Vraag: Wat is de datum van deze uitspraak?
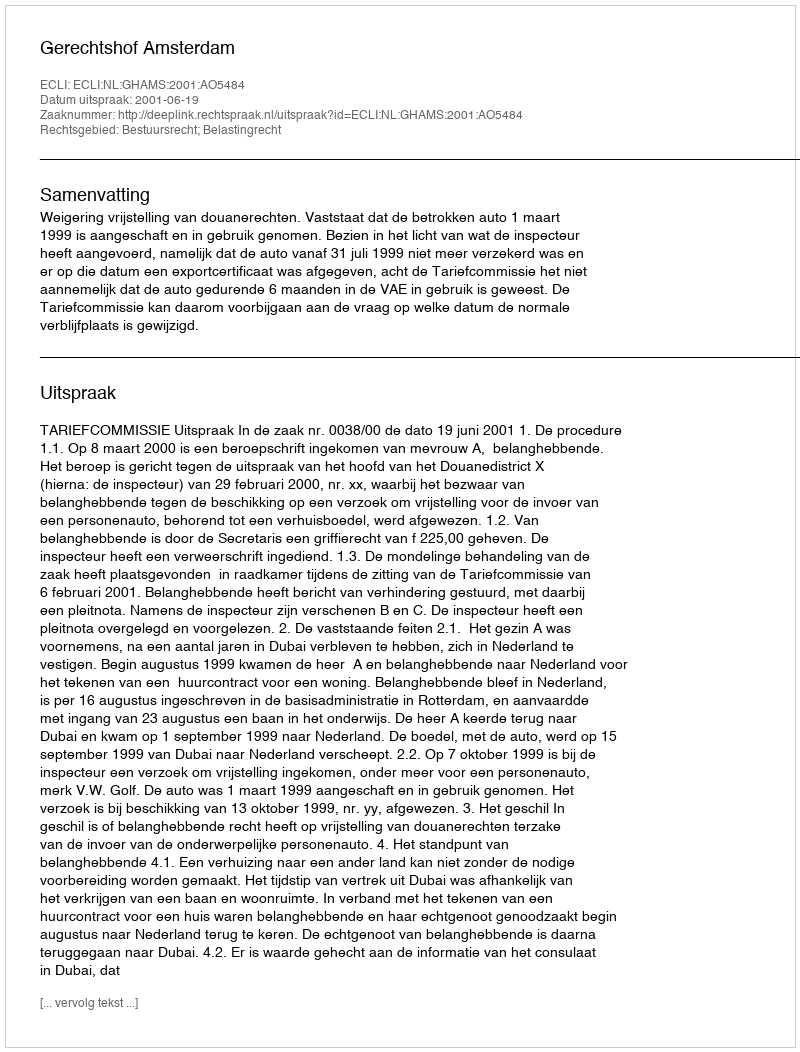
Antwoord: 2001-06-19